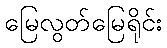
မြေလွတ်မြေရိုင်း